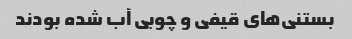
بستنی‌های قیفی و چوبی آب شده بودند